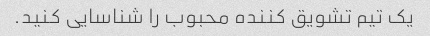
یک تیم تشویق کننده محبوب را شناسایی کنید.